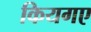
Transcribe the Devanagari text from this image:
कियगए